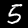
Digit: 5